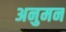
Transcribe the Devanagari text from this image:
अनुमन